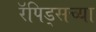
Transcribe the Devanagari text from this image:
रॅपिड्सच्या